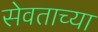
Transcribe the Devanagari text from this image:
सेवताच्या